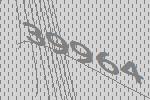
39964